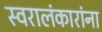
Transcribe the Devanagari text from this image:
स्वरालंकारांना